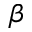
\beta